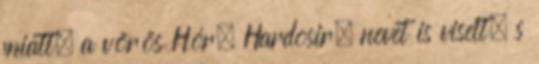
miatt, a vörös Hór, Hardosir, nevet is viselt, s